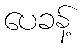
ပေခန့်